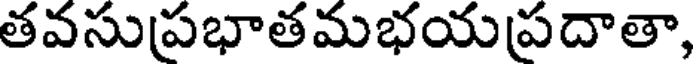
తవసుప్రభాతమభయప్రదాతా,